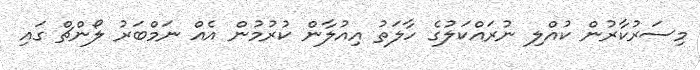
މިސަރުކާރުން ކުއްލި ނުރައްކަލުގެ ހާލަތު އިއުލާން ކުރުމުން އެއް ނަމްބަރު ލޯންޗް ގައި